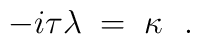
-i \tau \lambda\;=\;  \kappa \ \ .